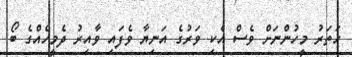
ހަތަރު މީހުންނަށް ވެސް އެކި ވަރުގެ އަނިޔާ ވެފައި ވާއިރު ދެމީހެއްގެ ބޯ